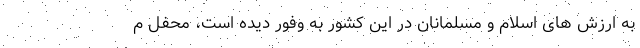
به ارزش های اسلام و مسلمانان در این کشور به وفور دیده است، محفل م